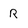
Character: R